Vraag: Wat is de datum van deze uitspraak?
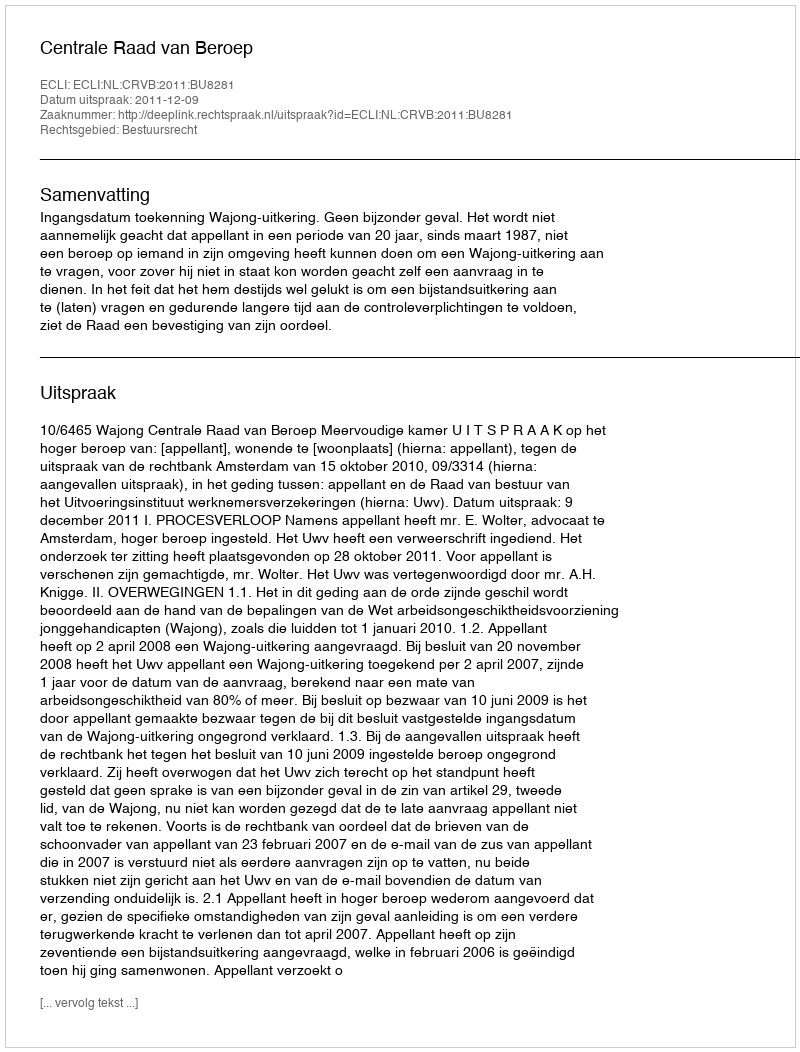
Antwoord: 2011-12-09